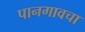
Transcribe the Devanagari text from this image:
पानगावचा